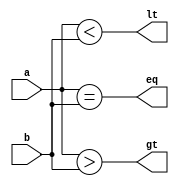
// n-bit magnitude comparator

module comparator #(
    parameter n = 2
) (
    input [n-1:0] a,
    input [n-1:0] b,
    output eq,
    output gt,
    output lt
);
        assign eq = (a == b);
        assign gt = (a > b);
        assign lt = (a < b);
endmodule